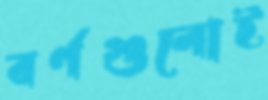
বর্ণগুলোই